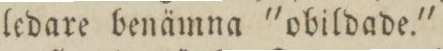
ledare benämna 'obildade.'